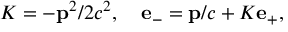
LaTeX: K = - { \bf p } ^ { 2 } / 2 c ^ { 2 } , \quad { \bf e } _ { - } = { \bf p } / c + K { \bf e } _ { + } ,